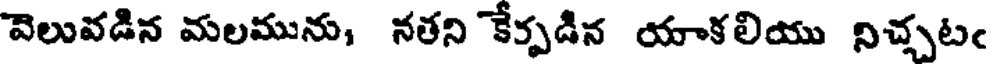
వెలువడిన మలమును, నతని కేక్పడిన యాకలియు నిచ్చటఁ